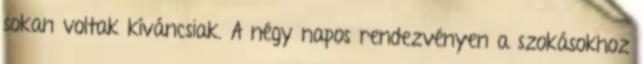
sokan voltak kíváncsiak. A négy napos rendezvényen a szokásokhoz